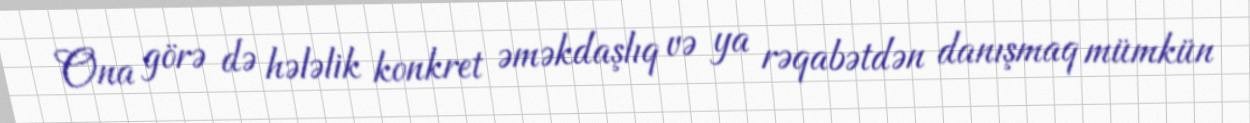
Ona görə də hələlik konkret əməkdaşlıq və ya rəqabətdən danışmaq mümkün